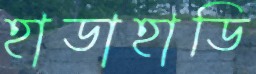
হাডাহাডি